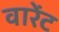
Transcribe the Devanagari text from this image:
वारेंट